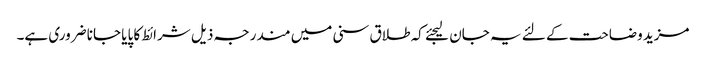
مزید وضاحت کے لئے یہ جان لیجئے کہ طلاق سنی میں مندرجہ ذیل شرائط کا پایا جانا ضروری ہے۔